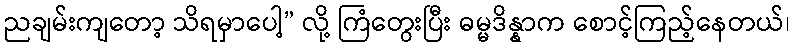
ညချမ်းကျတော့ သိရမှာပေါ့” လို့ ကြံတွေးပြီး ဓမ္မဒိန္နာက စောင့်ကြည့်နေတယ်၊